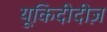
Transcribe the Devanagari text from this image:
यूकिदीदीज़